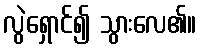
လွဲရှောင်၍ သွားလေ၏။